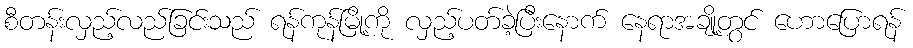
စီတန်းလှည့်လည်ခြင်းသည် ရန်ကုန်မြို့ကို လှည့်ပတ်ခဲ့ပြီးနောက် နေရာအချို့တွင် ဟောပြောရန်